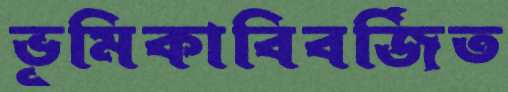
ভূমিকাবিবর্জিত